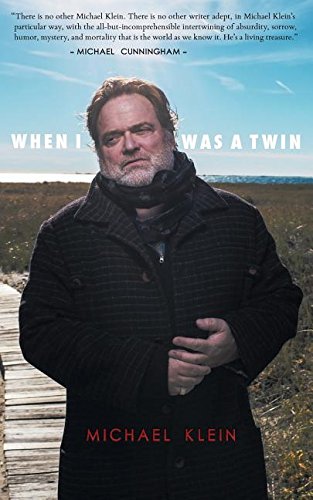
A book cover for When I Was a Twin; Michael Klein; Gay & Lesbian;